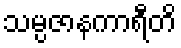
သမ္ပဇာနကာရီတိ